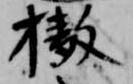
撤